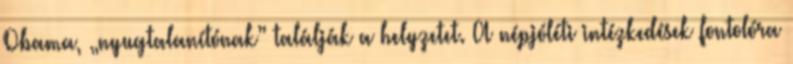
Obama, „nyugtalanítónak” találják a helyzetet. A népjóléti intézkedések fontolóra